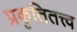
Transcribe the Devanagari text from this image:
प्रकृतितत्त्व